Lunatic asylums Bombay report 1878-1890 - 1878-1890
Year: 1878
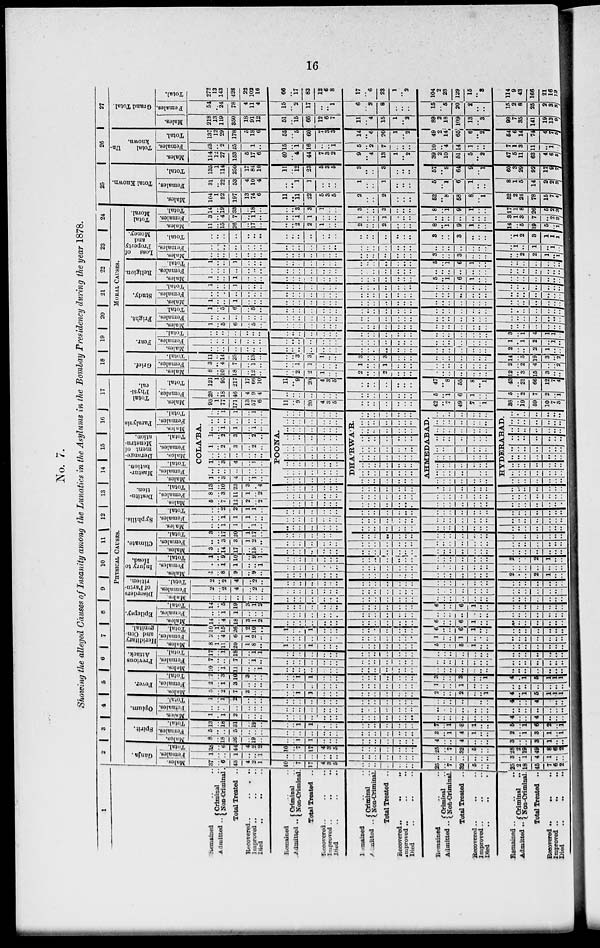
16
No. 7.
Showing the alleged Causes of Insanity among the Lunatics in the Asylums in the Bombay Presidency during the year 1878.
1
Remained .. ..
Admitted .. Criminal ..
Non-Criminal ..
Total Treated ..
Recovered ..
..
..
Improved .. .. ..
Died
..
..
..
Remained .. ..
Admitted .. Criminal ..
Non-Criminal ..
Total Treated ..
Recovered .. .. ..
Improved
..
..
..
Died .. .. ..
Remained .. ..
Admitted .. Criminal ..
Non-Criminal.
Total Treated ..
Recovered
..
..
..
Improved .. .. ..
Died .. .. ..
Remained
..
..
Admitted .. Criminal ..
Non-Criminal.
Total Treated ..
Recovered .. .. ..
Improved .. .. ..
Died .. .. ..
Remained .. ..
Admitted .. Criminal ..
Non-Criminal.
Total Treated ..
Recovered .. .. ..
Improved
..
..
..
Died
..
..
..
2 3
4
5
6
7
8
9
10 11
12
13
14
15 16
17
PHYSICAL CAUSES.
Ganja.
Males.
37
.. 6
43
4
2
12
10
..
7
17
4
3
5
..
..
..
..
..
..
..
25
..
7
32
5
..
..
25
2
18
45
7
6
2
Females.
1
..
..
1
..
..
1
..
..
..
..
..
..
..
..
..
..
..
..
..
..
..
..
..
..
..
..
..
3
..
1
4
1
..
..
Total.
38
..
6
44
4
2
2
10
..
7
17
4
3
5
..
..
..
..
..
..
..
25
..
7
32
5
..
..
28
2 19
49
8
6
2
Spirit.
Males.
8
..
18
26
..
19
..
..
..
1
1
..
..
..
..
..
..
..
..
..
..
4
..
..
4
..
..
..
3
..
..
3
1
..
..
Females.
5
..
..
5 ..
..
..
..
..
..
..
..
..
..
..
..
..
..
..
..
..
3
..
1
4
1
..
..
2
..
1
3
1
..
1
Total.
13
..
18
31
..
19
..
..
..
1
1
..
..
..
..
..
..
..
..
..
..
7
..
1
8
1
..
..
5
..
1
6
2
..
1
Opium.
Males.
1
..
1
2
..
..
..
..
..
..
..
..
..
..
..
..
..
..
..
..
..
..
..
..
..
..
..
..
4
..
..
4
..
..
..
Females.
..
..
..
..
..
..
..
..
..
..
..
..
..
..
..
..
..
..
..
..
..
..
..
..
..
..
..
..
..
..
..
..
..
..
..
Total.
1
..
1
2
..
..
..
..
..
..
..
..
..
..
..
..
..
..
..
..
..
..
..
..
..
..
..
..
4
..
..
4
..
..
..
Fever.
Males
5
..
2
7
3
..
..
..
..
1
1
..
..
..
..
..
..
..
..
..
..
2
..
..
2
..
..
1
4
..
1
5
1
1
1
Females.
2
..
1
3
..
..
..
..
..
..
..
..
..
..
..
..
..
..
..
..
..
1
..
..
1
..
..
..
..
.. ..
..
..
..
..
Total.
7
..
3
10
3
..
..
..
..
1
1
..
..
..
..
..
..
..
..
..
..
3
..
..
3
..
..
1
4
..
1
5
1
1
1
Previous
Attack.
Males.
10
..
1
11
..
..
1
..
..
..
..
..
..
..
..
..
..
..
..
..
..
..
..
..
..
..
..
..
..
..
..
..
..
..
..
Females.
7
..
..
7
..
1
..
..
..
..
..
..
..
..
..
..
..
..
..
..
..
..
..
..
..
..
..
..
..
..
..
..
..
..
..
Total.
17
..
1
18
..
1
1
..
..
..
..
..
..
..
..
..
..
..
..
..
..
..
..
..
..
..
..
..
..
..
..
..
..
..
..
Heriditary
and Con-
genital.
Epilepsy.
Males.
8
1
11
20
1
8
..
1
..
..
1
..
..
..
..
..
..
..
..
..
..
5
..
..
5
1
..
..
..
..
..
..
..
..
..
Females.
2
..
4
6
1
2
..
..
..
..
..
..
..
..
..
..
..
..
..
..
..
1
..
..
1
..
..
..
..
..
..
..
..
..
..
Total.
10
1
15
26
2
10
..
1
..
..
1
..
..
..
..
..
..
..
..
..
..
6
..
..
6
1
..
..
..
..
..
..
..
..
..
Males.
14
..
4
18
3
1
2
..
..
..
..
..
..
..
..
..
..
..
..
..
..
6
..
..
6
1
..
..
..
..
..
..
..
..
..
Females.
..
..
1
1
..
..
..
..
..
..
..
..
..
..
..
..
..
..
..
..
..
..
..
..
..
..
..
..
..
..
..
..
..
..
..
Total.
14
..
5
19
3
1
2
..
..
..
..
..
..
..
..
..
..
..
..
..
..
6
..
..
6
1
..
..
..
..
..
..
..
..
..
Disorders
of Partu-
rition.
Males.
..
..
..
..
..
..
..
..
..
..
..
..
..
..
..
..
..
..
..
..
..
..
..
..
..
..
..
..
..
..
..
..
..
..
..
Females.
2
..
2
4
..
2
..
..
..
..
..
..
..
..
..
..
..
..
..
..
..
..
..
..
..
..
..
..
..
..
..
..
..
..
..
Total.
2
..
2
4
..
2
..
..
..
..
..
..
..
..
..
..
..
..
..
..
..
..
..
..
..
..
..
..
..
..
..
..
..
..
..
Injury to
Head.
Males.
1
..
8
9
..
9
..
..
..
..
..
..
..
..
..
..
..
..
..
..
..
..
..
..
..
..
..
..
2
..
..
2
1
..
..
Females.
..
..
1
1
..
..
1
..
..
..
..
..
..
..
..
..
..
..
..
..
..
..
..
..
..
..
..
..
..
..
..
..
..
..
..
Total.
1
..
9
10
..
9
1
..
..
..
..
..
..
..
..
..
..
..
..
..
..
..
..
..
..
..
..
..
2
..
..
2
1
..
..
Climate.
Males.
3
..
14
17
..
15
..
..
..
..
..
..
..
..
..
..
..
..
..
..
..
..
..
..
..
..
..
..
..
..
..
..
..
..
..
Females.
..
..
3
3
1
2
..
..
..
..
..
..
..
..
..
..
..
..
..
..
..
..
..
..
..
..
..
..
..
..
..
..
..
..
..
Total.
3
..
17
20
1
17
..
..
..
..
..
..
..
..
..
..
..
..
..
..
..
..
..
..
..
..
..
..
..
..
..
..
..
..
..
Syphilis.
Males.
..
..
1
1
..
1
..
..
..
..
..
..
..
..
..
..
..
..
..
..
..
..
..
..
..
..
..
..
..
..
..
..
..
..
..
Females.
..
..
1
1
1
..
..
..
..
..
..
..
..
..
..
..
..
..
..
..
..
..
..
..
..
..
..
..
..
..
..
..
..
..
..
Total.
..
..
2
2
1
1
..
..
..
..
..
..
..
..
..
..
..
..
..
..
..
..
..
..
..
..
..
..
..
..
..
..
..
..
..
Destitu-
tion.
Males.
5
..
7
12
2
..
2
..
..
..
..
..
..
..
..
..
..
..
..
..
..
..
..
..
..
..
..
..
..
..
..
..
..
..
..
Females.
8
..
3
11
1
..
2
..
..
..
..
..
..
..
..
..
..
..
..
..
..
..
..
..
..
..
..
..
..
..
..
..
..
..
..
Total.
13
..
10
23
3
..
4
..
..
..
..
..
..
..
..
..
..
..
..
..
..
..
..
..
..
..
..
..
..
..
..
..
..
..
..
Mastur-
bation.
Males.
Females.
Total.
Derange-
ment of
Menstru-
ation .
Males.
Females.
Total.
Paralysis
Males.
Females.
Total.
COLA'BA.
1
..
3
4
..
1
..
..
..
..
..
..
..
..
1
..
3
4
..
1
..
..
..
..
..
..
..
..
1
..
2
3
..
2
..
1
..
2
3
..
2
..
..
..
1
1
..
1
..
..
..
..
..
..
..
..
..
..
1
1
..
1
..
POONA.
..
..
..
..
..
..
..
..
..
..
..
..
..
..
..
..
..
..
..
..
..
..
..
..
..
..
..
..
..
..
..
..
..
..
..
..
..
..
..
..
..
..
..
..
..
..
..
..
..
..
..
..
..
..
..
..
..
..
..
..
..
..
..
DHA'RWA'R.
..
..
..
..
..
..
..
..
..
..
..
..
..
..
..
..
..
..
..
..
..
..
..
..
..
..
..
..
..
..
..
..
..
..
..
..
..
..
..
..
..
..
..
..
..
..
..
..
..
..
..
..
..
..
..
..
..
..
..
..
..
..
..
AHMEDABAD.
..
..
..
..
..
..
..
..
..
..
..
..
..
..
..
..
..
..
..
..
..
..
..
..
..
..
..
..
..
..
..
..
..
..
..
..
..
..
..
..
..
..
..
..
..
..
..
..
..
..
..
..
..
..
..
..
..
..
..
..
..
..
..
HYDERABAD.
..
..
..
..
..
..
..
..
..
..
..
..
..
..
..
..
..
..
..
..
..
..
..
..
..
..
..
..
..
..
..
..
..
..
..
..
..
..
..
..
..
..
..
..
..
..
..
..
..
..
..
..
..
..
..
..
..
..
..
..
..
..
..
Total
Physi-
cal.
Males.
93
1
77
171
13
57
6
11
..
9
20
4
3
5
..
..
..
..
..
..
..
42
..
7
49
7
..
1
38
..
19
59
10
7
3
Females.
28
..
18
46
4
9
4
..
..
..
..
..
..
..
..
..
..
..
..
..
..
5
..
1
6
1
..
..
5
..
2
7
2
..
1
Total.
121
1
95
217
17
66
10
11
..
9
20
4
3
5
..
..
..
..
..
..
..
47
..
8
55
8
..
1
43
.. 21
66
12
7
4
18
19
20
21
22 23
24
MORAL CAUSES.
Grief.
Males.
8
..
10
18
..
12
..
..
..
2
2
1
..
..
2
..
..
2
..
..
..
..
..
..
..
..
..
..
12
..
3
15
3
..
..
Females.
3
..
4
7
..
1
..
..
..
1
1
..
..
..
1
..
..
1
..
..
..
..
..
..
..
..
..
..
2
..
2
4
..
..
2
Total.
11
..
14
25
..
13
..
..
..
3
3
1
..
..
3
..
..
3
..
..
..
..
..
..
..
..
..
..
14
.. 5
9
3
..
2
Fear.
Males.
..
..
..
..
..
..
..
..
..
..
..
..
..
..
..
..
..
..
..
..
..
..
..
..
..
..
..
..
2
..
..
2
1
..
..
Females.
..
..
..
..
..
..
..
..
..
..
..
..
..
..
..
..
..
..
..
..
..
..
..
..
..
..
..
..
1
..
1
2
..
1
..
Total.
..
..
..
..
..
..
..
..
..
..
..
..
..
..
..
..
..
..
..
..
..
..
..
..
..
..
..
..
3
..
1
4
1
1
..
Fright.
Males.
1
..
5
6
..
5
..
..
..
..
..
..
..
..
..
..
..
..
..
..
..
..
..
..
..
..
..
..
..
..
..
..
..
..
..
Females.
..
..
..
..
..
..
..
..
..
..
..
..
..
..
..
..
..
..
..
..
..
..
..
..
..
..
..
..
..
..
..
..
..
..
..
Total.
1
..
5
6
..
5
..
..
..
..
..
..
..
..
..
..
..
..
..
..
..
..
..
..
..
..
..
..
..
..
..
..
..
..
..
Study.
Males.
1
..
..
1
..
..
..
..
..
..
..
..
..
..
..
..
..
..
..
..
..
..
..
..
..
..
..
..
..
..
..
..
..
..
..
Females.
..
..
..
..
..
..
..
..
..
..
..
..
..
..
..
..
..
..
..
..
..
..
..
..
..
..
..
..
..
..
..
..
..
..
..
Total.
1
..
..
1
..
..
..
..
..
..
..
..
..
..
..
..
..
..
..
..
..
..
..
..
..
..
..
..
..
..
..
..
..
..
..
Religion.
Males.
1
..
..
1
..
..
..
..
..
..
..
..
..
..
..
..
..
..
..
..
..
5
..
1
6
1
..
..
..
..
..
..
..
..
..
Females.
..
..
..
..
..
..
..
..
..
..
..
..
..
..
..
..
..
..
..
..
..
..
..
..
..
..
..
..
..
..
..
..
..
..
..
Total.
1
..
..
1
..
..
..
..
..
..
..
..
..
..
..
..
..
..
..
..
..
5
..
1
6
1
..
..
..
..
..
..
..
..
..
Loss of
Property
and
Money.
Males.
..
..
..
..
..
..
..
..
..
..
..
..
..
..
..
..
..
..
..
..
..
3
..
..
3
..
..
..
..
..
2
2
1
..
1
Females.
..
..
..
..
..
..
..
..
..
..
..
..
..
..
..
..
..
..
..
..
..
..
..
..
..
..
..
..
..
1
..
1
..
1
..
Total.
..
..
..
..
..
..
..
..
..
..
..
..
..
..
..
..
..
..
..
..
..
3
..
..
3
..
..
..
..
1
2
3
1
1
1
Total
Moral.
Males.
11
..
15
26
..
17
..
..
..
2
2
1
..
..
2
..
..
2
..
..
..
8
..
1
9
1
..
..
14
..
5
19
5
..
1
Females.
3
..
4
7
..
1
..
..
..
1
1
..
..
..
1
..
..
1
..
..
..
..
..
..
..
..
..
..
3
1
3
7
..
2
2
Total.
14
..
19
33
..
18
..
..
..
3
3
1
..
..
3
..
..
3
..
..
..
8
..
1
9
1
..
..
17
1
8
26
5
2
3
25
Total Known.
Males.
104
1
92
197
13
74
6
11
..
11
22
5
3
5
2
..
..
2
..
..
..
52
..
8
58
8
..
1
52
2
24
78
15
7
4
Females.
31
..
22
53
4
10
4
..
..
1
1
..
..
..
1
..
..
1
..
..
..
5
..
1
6
1
..
..
8
1
5
14
2
2
3
Total.
135
1
114
250
17
84
10
11
..
12
23
5
3
5
3
..
..
3
..
..
..
57
..
9
64
9
..
1
60
3
29
92
17
9
7
26
Total
Un-
known.
Males.
114
12
27
153
5
17
6
40
..
4
44
7
3
2
9
..
4
13
1
..
2
39
2
10
51
5
..
2
47
5
11
63
4
6
5
Females.
23
..
2
25
..
1
..
15
..
1
16
..
..
1
5
..
2
7
..
..
..
10
..
4
14
1
..
..
7
1
3
11
..
1
..
Total.
137
12
29
178
5
18
6
55
..
5
60
7
3
3
14
..
6
20
1
..
2
49
2
14
65
6
..
2
54
6
14
74
4
7
5
27
Grand Total.
Males.
218
13
119
350
18
91
12
51
15
66
12
6
7
11
..
4
15
1
..
2
89
2
18
109
13
..
3
99
7
35
141
19
13
9
Females.
54
.. 24
78
4
11
4
15
17
..
..
1
6
..
2
8
..
..
..
15
..
5
20
2
..
..
15
2 8
25
2
3
3
Total.
272
13
143
428
22
102
16
66
..
17
83
12
6
8
17
..
6
23
1
..
2
104
2
23
129
15
..
3
114
9 43
166
21
16
12